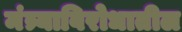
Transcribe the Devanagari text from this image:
मंत्र्याविरोधातील